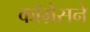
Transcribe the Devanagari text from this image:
कॉग्रेसने